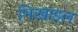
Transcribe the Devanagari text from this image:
भिख़ाइल